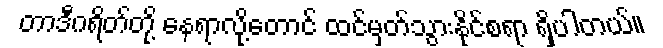
တာဒီဂရိတ်တို့ နေရာလို့တောင် ထင်မှတ်သွားနိုင်စရာ ရှိပါတယ်။